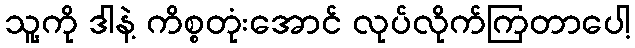
သူ့ကို ဒါနဲ့ ကိစ္စတုံးအောင် လုပ်လိုက်ကြတာပေါ့